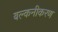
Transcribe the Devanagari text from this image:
बल्कनीकरण